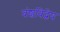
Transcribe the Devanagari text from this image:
वंशविद्वेष